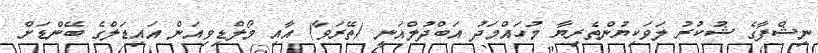
ނިޝްފާގެ ޝުކުރު ލަވަކިޔުންތެރިޔާ މުހައްމަދު އަބްދުލްޣަނީ (ތޭރަވާ) އާއި މޯލްޑިވިއަން އައިޑަލްގެ ބޭންޑަށް